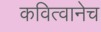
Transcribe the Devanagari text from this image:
कवित्वानेच